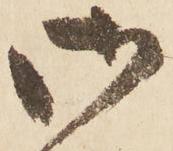
御